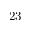
2 3